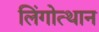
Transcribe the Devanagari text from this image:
लिंगोत्थान